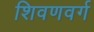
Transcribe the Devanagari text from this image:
शिवणवर्ग